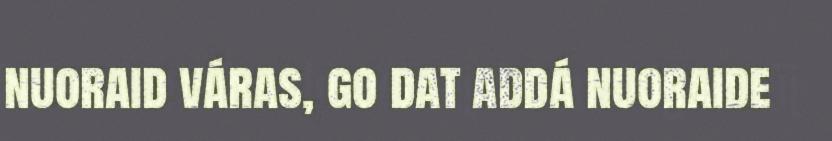
nuoraid váras, go dat addá nuoraide